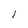
Character: l